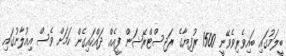
ބީލަމުގައި ބައިވެރިވެވޭނީ 1500 ރުފިޔާގެ ރަޖިސްޓްރޭޝަން ފީއެއް ދައްކައިގެން ކަމަށް ވެސް އިއުލާނުގައި